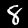
Digit: 8